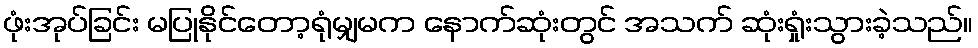
ဖုံးအုပ်ခြင်း မပြုနိုင်တော့ရုံမျှမက နောက်ဆုံးတွင် အသက် ဆုံးရှုံးသွားခဲ့သည်။